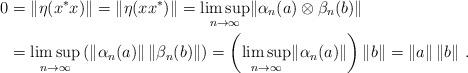
LaTeX: \begin{align*}0 &= \lVert \eta(x^*x) \rVert = \lVert \eta(xx^*) \rVert = \limsup_{n \to \infty} \lVert \alpha_n(a) \otimes \beta_n(b) \rVert \\&= \limsup_{n \to \infty} \left(\lVert \alpha_n(a) \rVert\,\lVert \beta_n(b) \rVert\right) = \left(\limsup_{n \to \infty}\lVert \alpha_n(a) \rVert\right) \lVert b \rVert = \lVert a \rVert\,\lVert b \rVert\ .\end{align*}